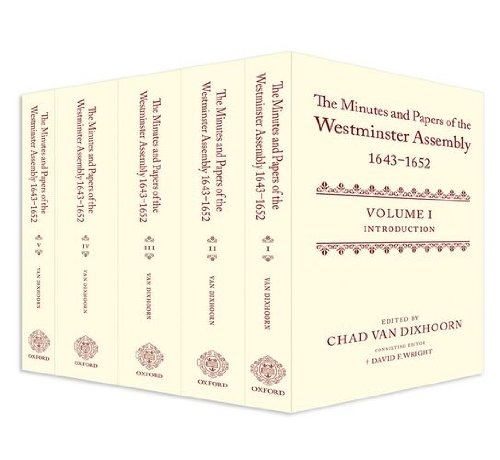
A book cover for The Minutes and Papers of the Westminster Assembly, 1643-1653 (5 Volume Set); Christian Books & Bibles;